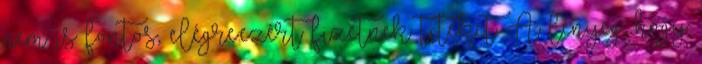
nem is fontos, elégre.ezért fizetnek titeket. A lényeg, hogy